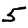
Digit: 5